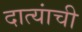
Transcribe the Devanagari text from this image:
दात्यांची